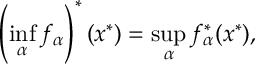
\left( \operatorname* { i n f } _ { \alpha } f _ { \alpha } \right) ^ { * } ( x ^ { * } ) = \operatorname* { s u p } _ { \alpha } f _ { \alpha } ^ { * } ( x ^ { * } ) ,